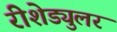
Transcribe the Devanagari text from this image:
रीशेड्युलर